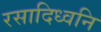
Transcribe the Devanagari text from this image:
रसादिध्वनि